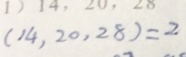
( 1 4 , 2 0 , 2 8 ) = 2